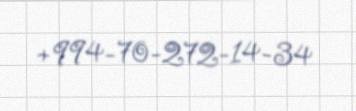
+994-70-272-14-34